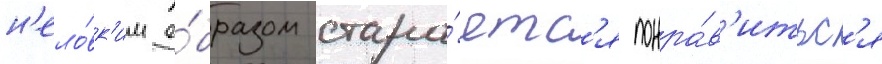
н'ело́вк'им о́бразом стара́етс'я понра́в'итьс'я